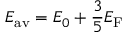
E _ { \mathrm { a v } } = E _ { 0 } + { \frac { 3 } { 5 } } E _ { \mathrm { F } }